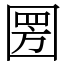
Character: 圐